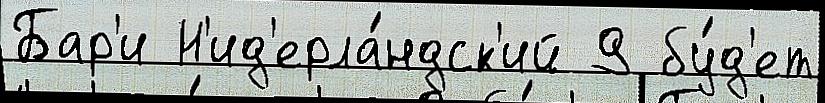
Бар'и Н'ид'ерла́ндск'ий 9 бу́д'ет